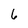
Character: 6